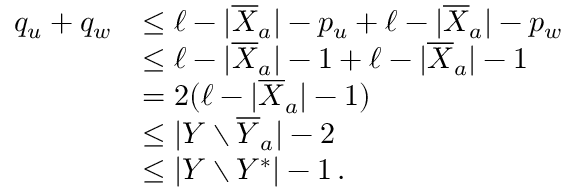
\begin{array} { r l } { q _ { u } + q _ { w } } & { \leq \ell - | \overline { { X } } _ { a } | - p _ { u } + \ell - | \overline { { X } } _ { a } | - p _ { w } } \\ & { \leq \ell - | \overline { { X } } _ { a } | - 1 + \ell - | \overline { { X } } _ { a } | - 1 } \\ & { = 2 ( \ell - | \overline { { X } } _ { a } | - 1 ) } \\ & { \leq | Y \setminus \overline { { Y } } _ { a } | - 2 } \\ & { \leq | Y \setminus Y ^ { * } | - 1 \, . } \end{array}